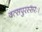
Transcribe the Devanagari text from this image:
वत्सपुरस्सरः।